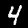
Digit: 4